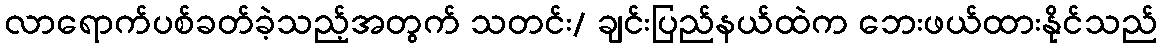
လာရောက်ပစ်ခတ်ခဲ့သည့်အတွက် သတင်း/ ချင်းပြည်နယ်ထဲက ဘေးဖယ်ထားနိုင်သည်